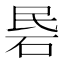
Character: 𰦱